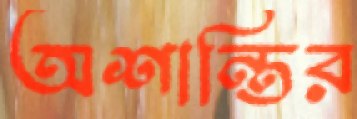
অশান্তির